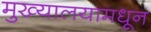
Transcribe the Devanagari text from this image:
मुख्यालयामधून